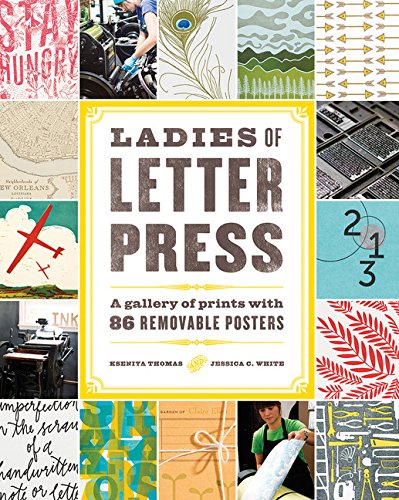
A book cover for Ladies of Letterpress: A Gallery of Prints with 86 Removable Posters; Kseniya Thomas; Crafts, Hobbies & Home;